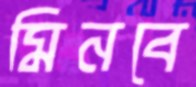
মিনবে